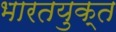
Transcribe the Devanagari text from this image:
भारतयुक्त